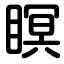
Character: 瞑